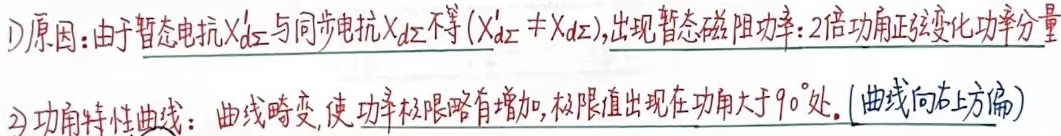
1)原因：由于暂态电抗$X_{d\Sigma}'$与同步电抗$X_{d\Sigma}$不等（$X_{d\Sigma}' \neq X_{d\Sigma}$），出现暂态磁阻功率：2倍功角正弦变化功率分量
2)功角特性曲线：曲线畸变，使功率极限略有增加，极限值出现在功角大于$90^{\circ}$处。(曲线向右上方偏)